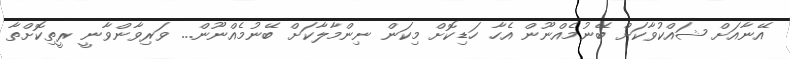
އޭނާއަށް ޝައްކުވާކަށް ބޭނުމެއްނޫން އެހާ ހަޑިކޮށް މިކަން ނިންމާލާކަށް ބޭނުމެއްނޫން... ވަރިވާންވާނީ ރީތިކޮށްތާ